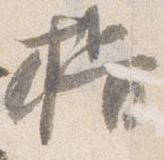
揖